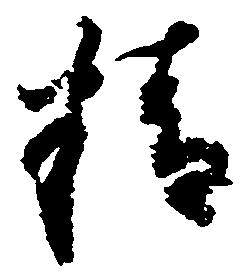
精